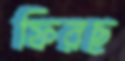
ফিরছ